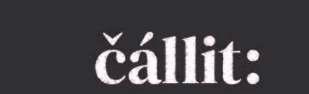
čállit: